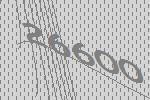
26600